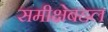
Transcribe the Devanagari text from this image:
समीक्षेबद्दल